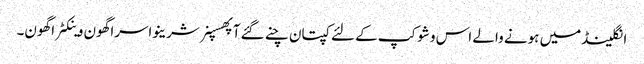
انگلینڈمیں ہونے والے اس وشوکپ کے لئے کپتان چنے گئے آپھسپنر شرینواسراگھون وینکٹراگھون۔